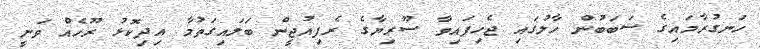
ހަނގުރާމައިގެ ސަބަބުން ހާލުގައި ޖެހިފައިވާ ސޫރިޔާގެ ރެފިއުޖީން ބަލައިގަތުމާ އިދިކޮޅު ރޫހެއް ވަނީ